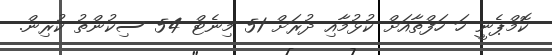
ކޮމްޕެނީ ހަ ހަފްތާއަށް ކުޅުމާއި ދުރަށް 51 މިނެޓް 54 ސިކުންތު ކުރިން.